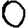
Digit: 0